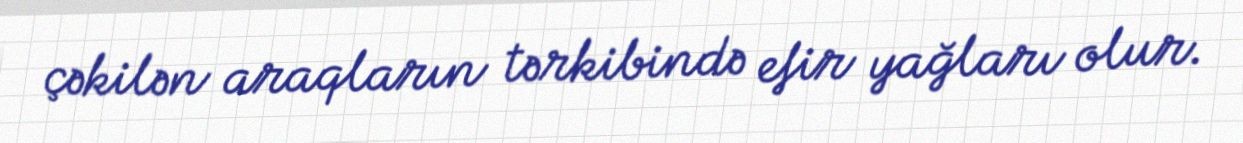
çəkilən araqların tərkibində efir yağları olur.